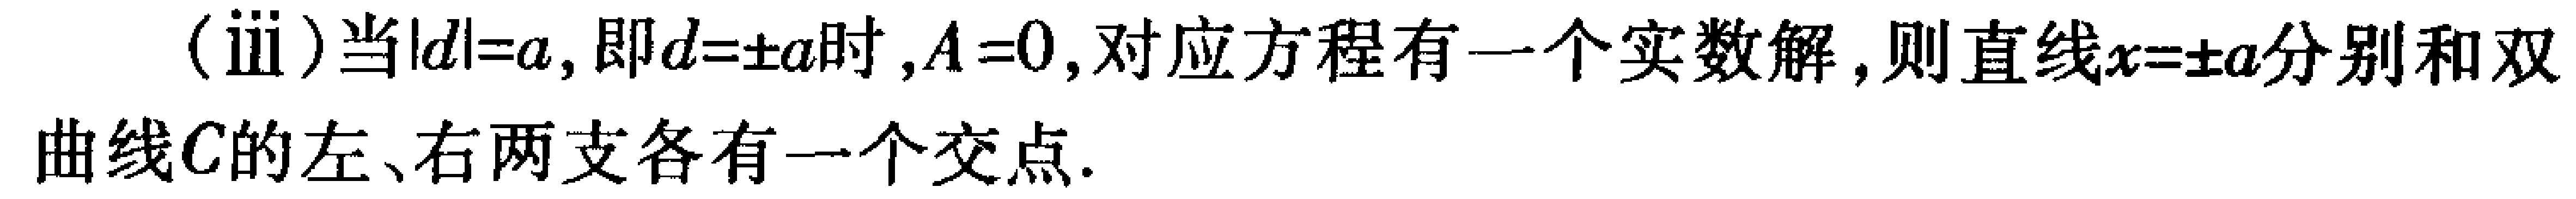
(iii)当\(\vert d\vert = a\)，即\(d = \pm a\)时，\(A = 0\)，对应方程有一个实数解，则直线\(x = \pm a\)分别和双曲线\(C\)的左、右两支各有一个交点.